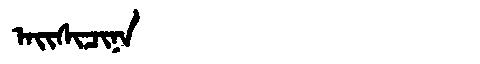
Manchu: ᠠᡳᠰᡳᠴᡳᠨᠠ
Romanization: AISICINA